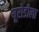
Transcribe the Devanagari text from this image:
यूरोडीला